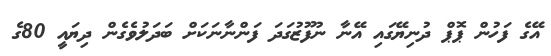
އޭގެ ފަހުން ޕޮޕް ދުނިޔޭގައި އޭނާ ނުފޫޒުގަދަ ފަންނާނަކަށް ބަދަލުވެގެން ދިޔައީ 80ގެ